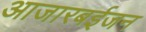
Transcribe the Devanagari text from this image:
आजारबईजन